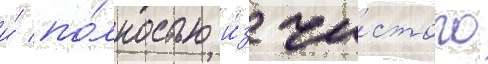
и́ по́лностью и́з чи́стого